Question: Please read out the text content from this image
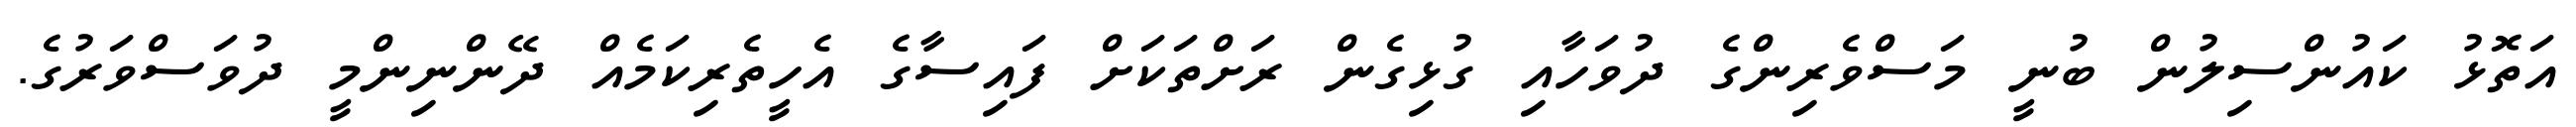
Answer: އަތޮޅު ކައުންސިލުން ބުނީ މަސްވެރިންގެ ދުވަހާއި ގުޅިގެން ރަށްތަކަށް ފައިސާގެ އެހީތެރިކަމެއް ދޭންނިންމީ ދުވަސްވަރުގެ.